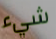
شيء